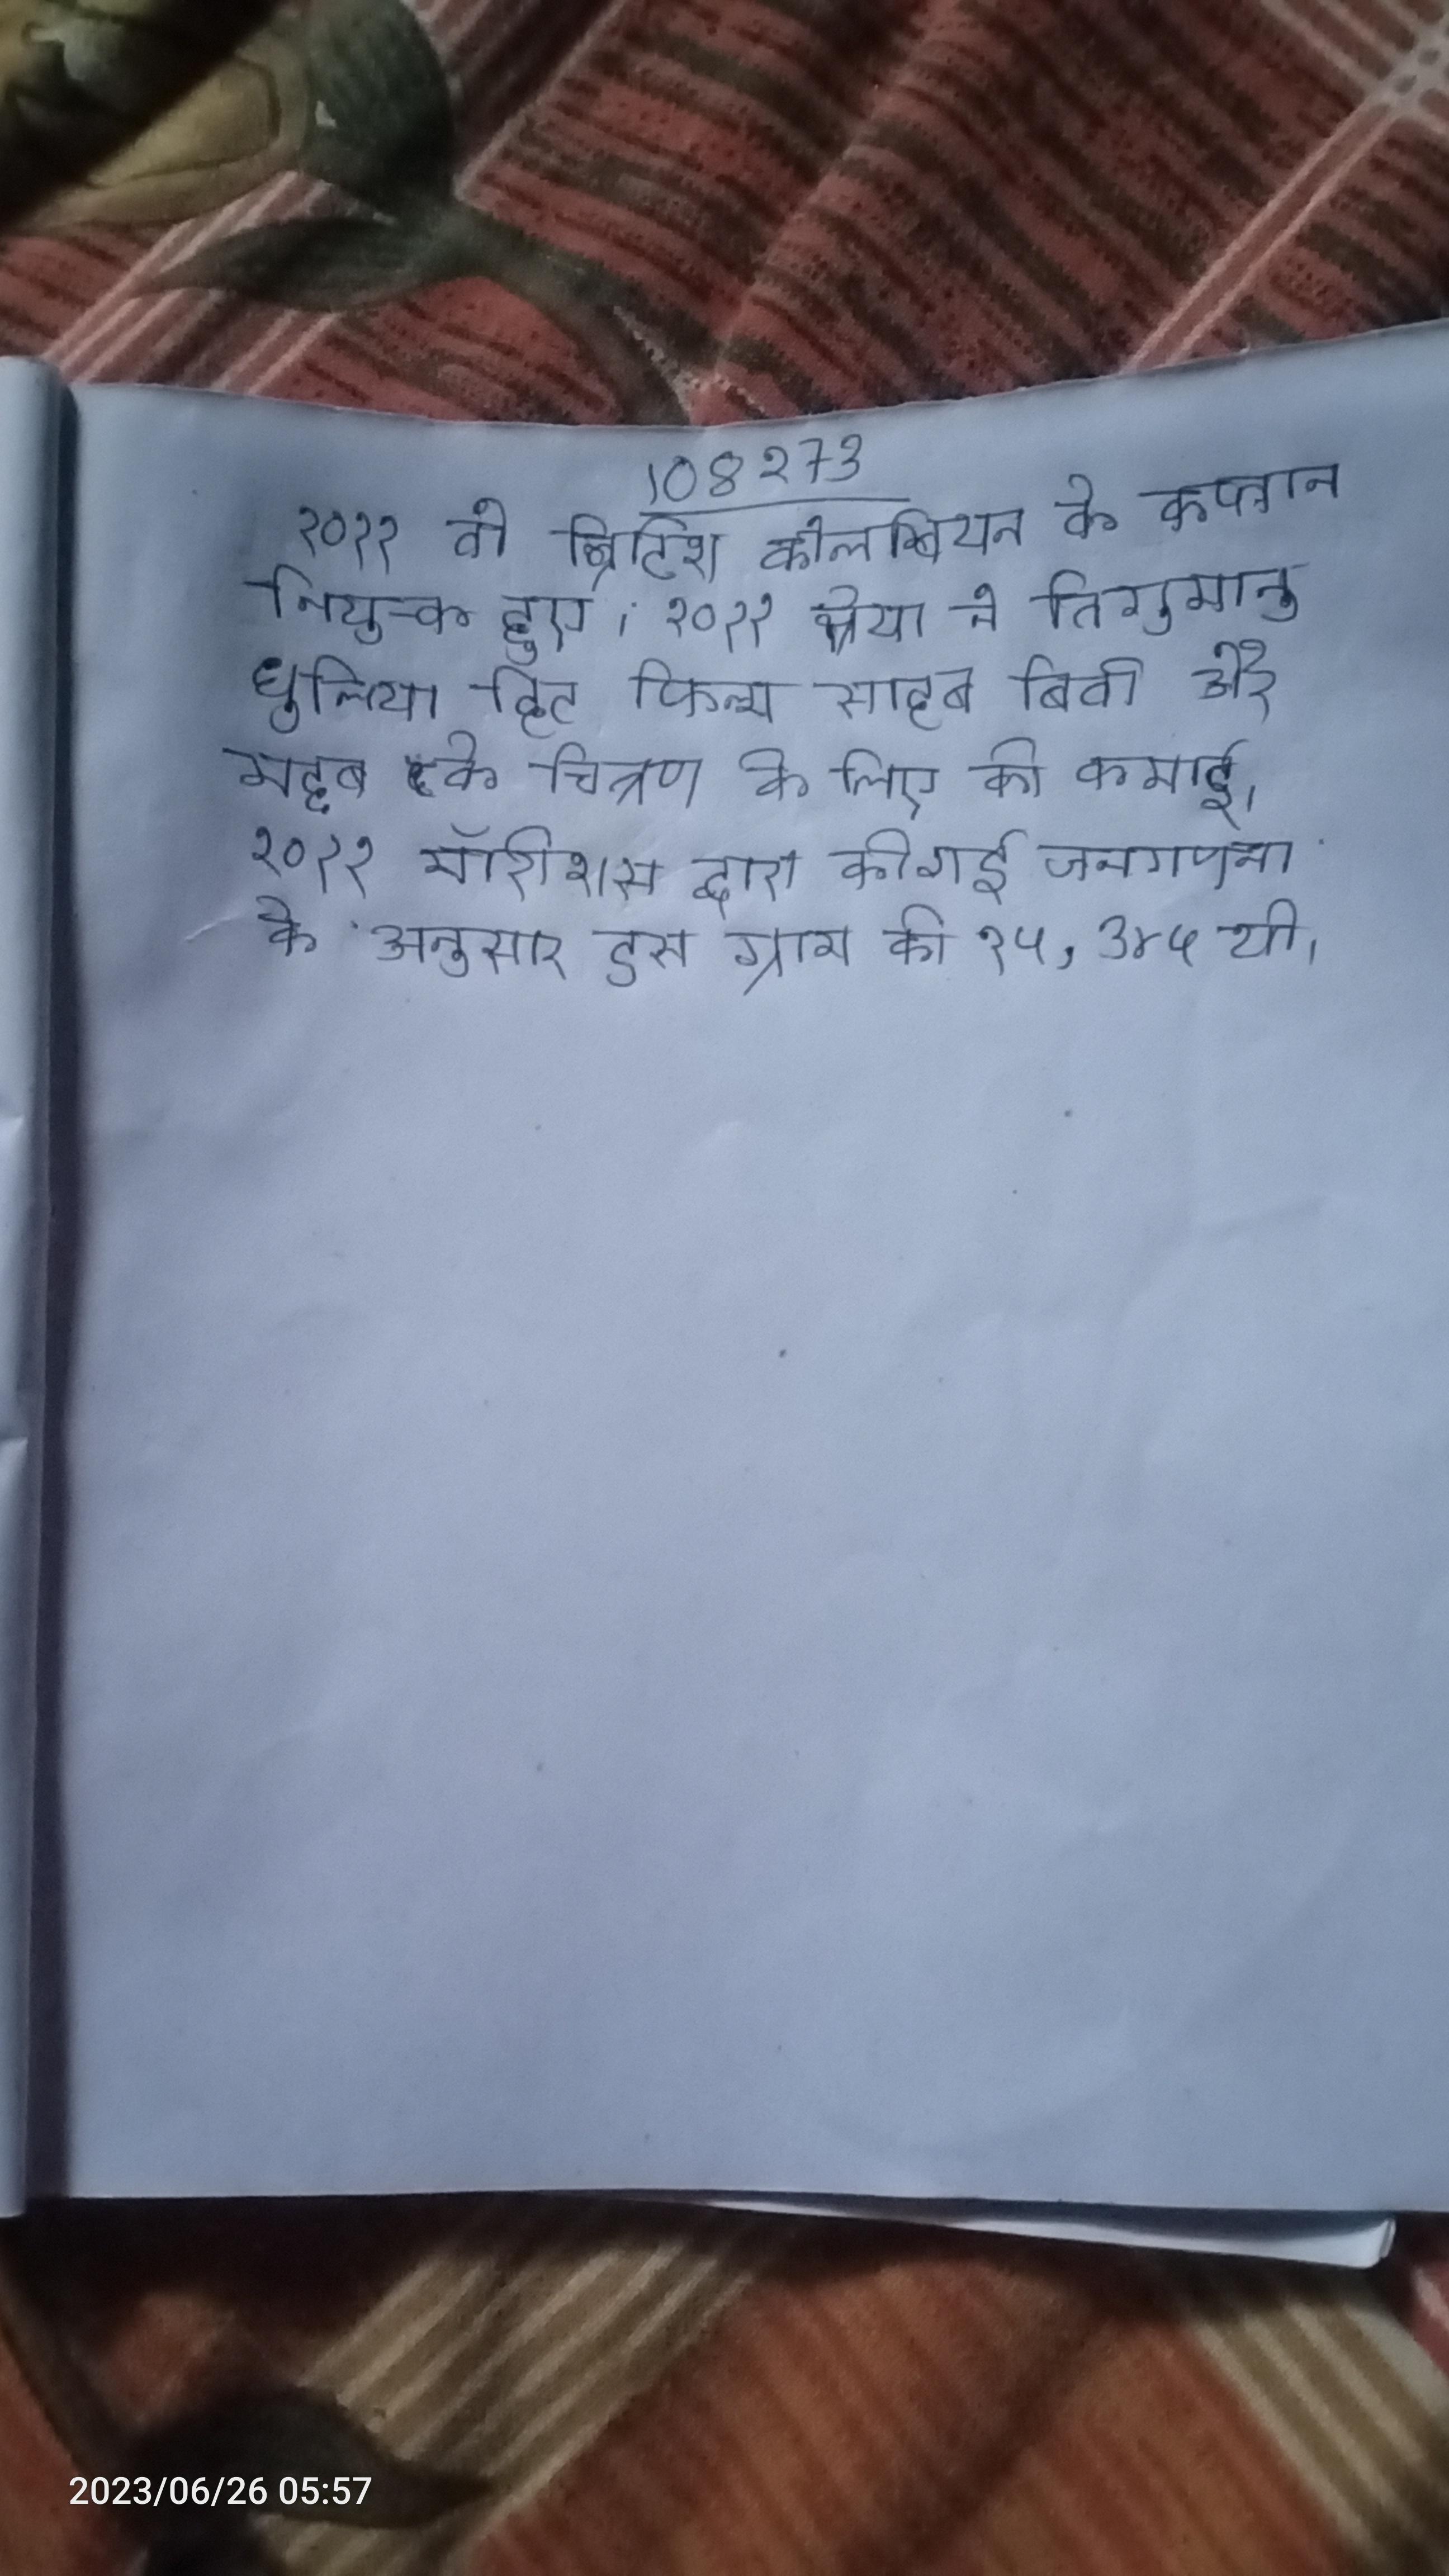
२०११ वो ब्रिटिश कोलम्बियन के कप्तान नियुक्त हुए । २०११ श्रेया ने तिगुमानु धुलिया हिट फिल्म साहब बिवी और महुआ के चित्रण के लिए की कमाई । २०११ मॉरीशस द्वारा की गई जनगणना के अनुसार इस ग्राम की १५,३४५ थी ।